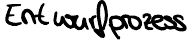
Entwurfprozess